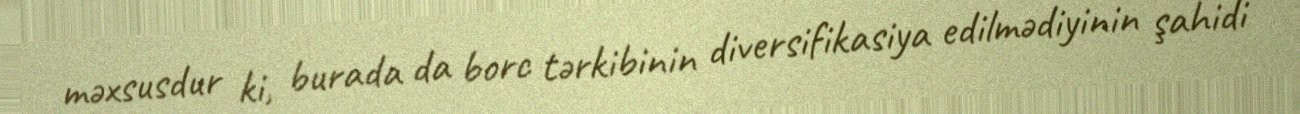
məxsusdur ki, burada da borc tərkibinin diversifikasiya edilmədiyinin şahidi